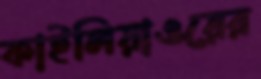
কাইলিয়াওয়ের